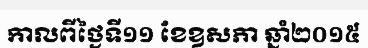
កាលពីថ្ងៃទី១១ ខែឧសភា ឆ្នាំ២០១៥